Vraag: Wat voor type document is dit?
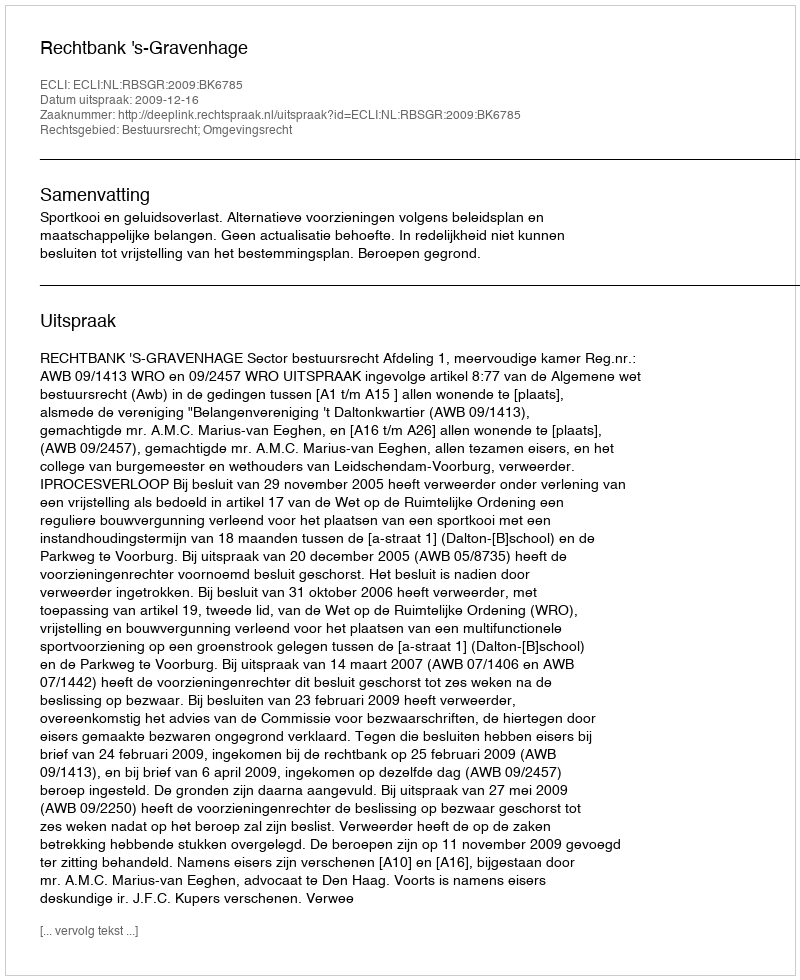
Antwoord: Uitspraak